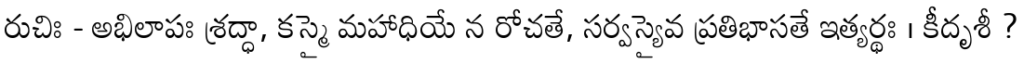
రుచిః - అభిలాపః శ్రద్ధా, కస్మై మహాధియే న రోచతే, సర్వస్యైవ ప్రతిభాసతే ఇత్యర్థః । కీదృశీ ?